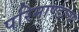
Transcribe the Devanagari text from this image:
परिमाण्डल्य